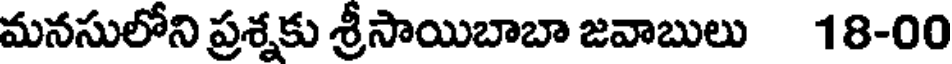
మనసులోని ప్రశ్నకు శ్రీసాయిబాబా జవాబులు 18-00